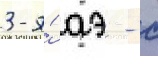
3-я́ аэ - с